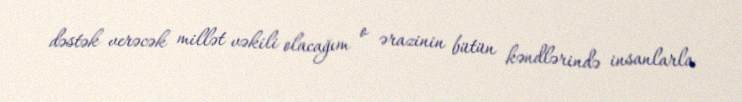
dəstək verəcək millət vəkili olacağım o ərazinin bütün kəndlərində insanlarla